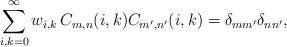
LaTeX: \begin{align*}\sum_{i,k=0}^{\infty}w_{i,k}\,C_{m,n}(i,k)C_{m',n'}(i,k)=\delta_{mm'}\delta_{nn'},\end{align*}